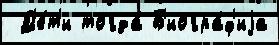
 Д'е́т'и тогда́ Б'иогра́ф'иjа